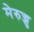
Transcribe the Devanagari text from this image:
मेरुज्जु